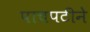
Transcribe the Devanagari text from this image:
पाचपटीने